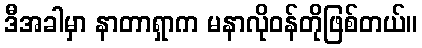
ဒီအခါမှာ နာတာရှာက မနာလိုဝန်တိုဖြစ်တယ်။